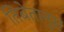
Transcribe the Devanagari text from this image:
तिबेतानुस